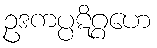
ဥဒကပ္ပဋိဂ္ဂဟေ